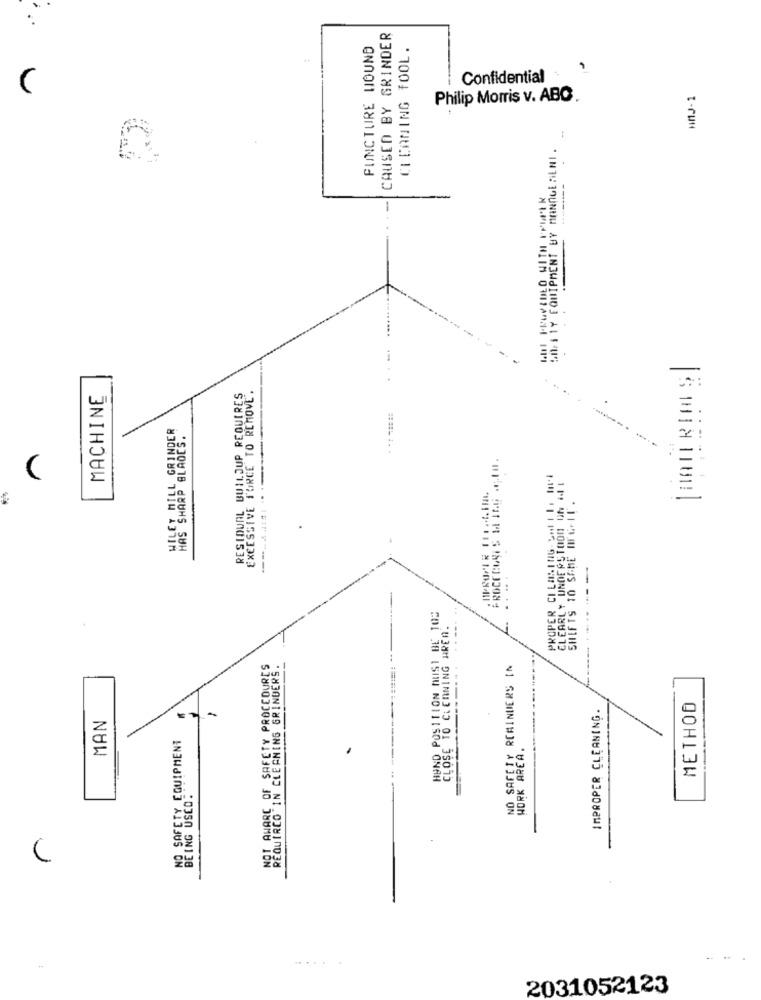
CAUSED BY GRINDER
FUNCTURE HOUND
CLEANING FOOL.
Confidential
Philip Morris v. ABC .
bh: 1 1Y EQUIPMENT BY MANAGERENI .
-
-
MACHINE
RESIDUAL BUILDUP REQUIRES
EXCESSIVE FORCE TO REMOVE.
..... .
=
WILEY MILL GRINDER
HAS SHARP BLADES.
-
PROPER CILANING SALTI.It
CLEARLY UNDERSTOOD UN it
SHIFTS TO SAME IFGEIT.
.....
---
HUND POSITION MUST BE 10:
CLOSE TO CLEANING AREN!
NOT AWARE OF SAFETY PROCEDURES
REQUIREO IN CLEANING GRINDERS.
NO SAFETY REMINDERS IN
----
METHOD
/
IMPROPER CLEANING.
MAN
NO SAFETY EQUIPMENT
WORK AREA.
BEING USCO:
2031052123